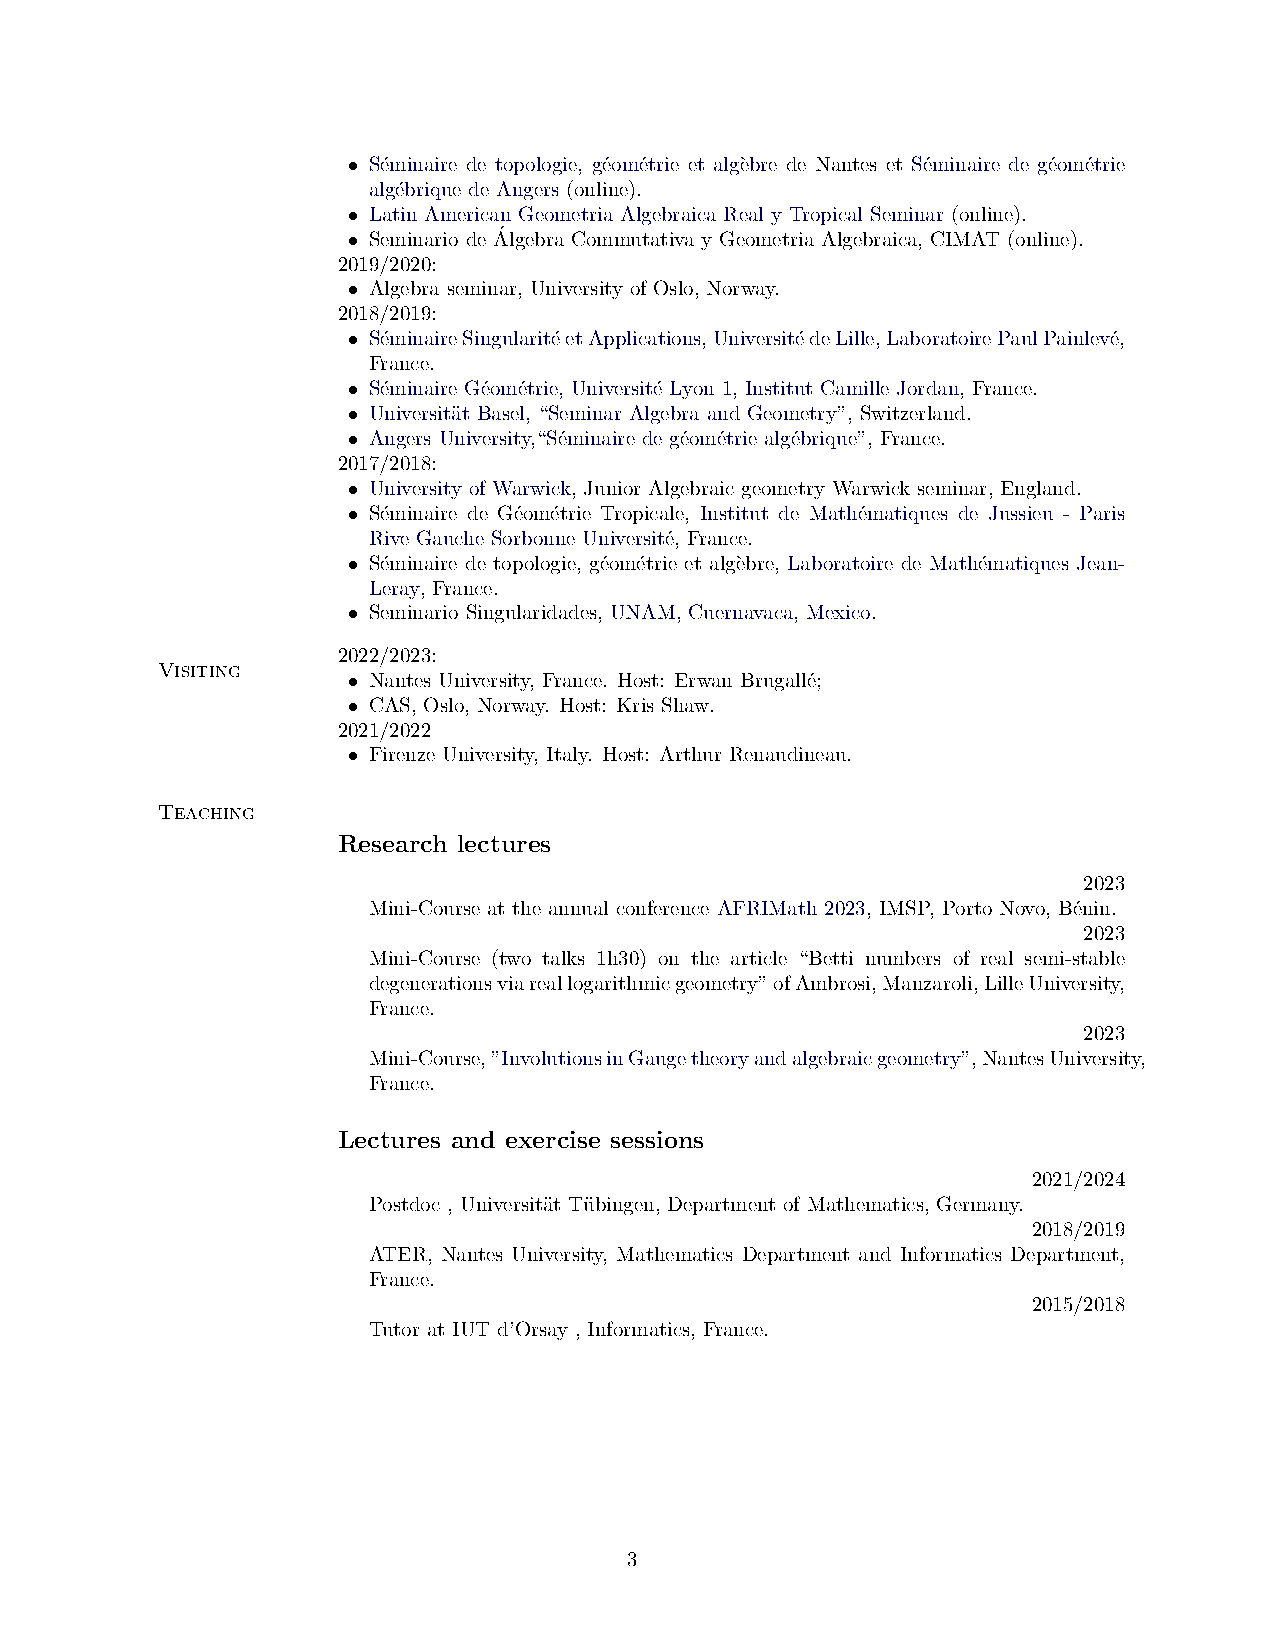
S´eminaire de topologie, g´eom´etrie et alg`ebre de Nantes et S´eminaire de g´eom´etrie
 •
 alg´ebrique de Angers (online).
 Latin American Geometria Algebraica Real y Tropical Seminar (online).
 • Seminario de A´lgebra Commutativa y Geometria Algebraica, CIMAT (online).
 •
 2019/2020:
 Algebra seminar, University of Oslo, Norway.
 •
 2018/2019:
 S´eminaireSingularit´eetApplications,Universit´edeLille,LaboratoirePaulPainlev´e,
 •
 France.
 S´eminaire G´eom´etrie, Universit´e Lyon 1, Institut Camille Jordan, France.
 •
 Universit¨at Basel, “Seminar Algebra and Geometry”, Switzerland.
 •
 Angers University,“S´eminaire de g´eom´etrie alg´ebrique”, France.
 •
 2017/2018:
 University of Warwick, Junior Algebraic geometry Warwick seminar, England.
 •
 S´eminaire de G´eom´etrie Tropicale, Institut de Math´ematiques de Jussieu - Paris
 •
 Rive Gauche Sorbonne Universit´e, France.
 S´eminaire de topologie, g´eom´etrie et alg`ebre, Laboratoire de Math´ematiques Jean-
 •
 Leray, France.
 Seminario Singularidades, UNAM, Cuernavaca, Mexico.
 •
 2022/2023:
 Visiting
 Nantes University, France. Host: Erwan Brugall´e;
 •
 CAS, Oslo, Norway. Host: Kris Shaw.
 •
 2021/2022
 Firenze University, Italy. Host: Arthur Renaudineau.
 •
 Teaching
 Research lectures
 2023
 Mini-Course at the annual conference AFRIMath 2023, IMSP, Porto Novo, B´enin.
 2023
 Mini-Course (two talks 1h30) on the article “Betti numbers of real semi-stable
 degenerationsviareallogarithmicgeometry”ofAmbrosi,Manzaroli,LilleUniversity,
 France.
 2023
 Mini-Course,”InvolutionsinGaugetheoryandalgebraicgeometry”,NantesUniversity,
 France.
 Lectures and exercise sessions
 2021/2024
 Postdoc , Universit¨at Tu¨bingen, Department of Mathematics, Germany.
 2018/2019
 ATER, Nantes University, Mathematics Department and Informatics Department,
 France.
 2015/2018
 Tutor at IUT d’Orsay , Informatics, France.
 3